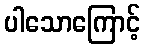
ပါသောကြောင့်